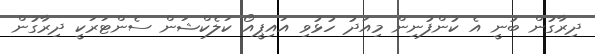
ދިރާގުން ބުނީ އެ ކުންފުނިން މިއަދު ހުޅުވި އައިޕީއޯ ކަލެކްޝަން ސެންޓަރަކީ ދިރާގުން